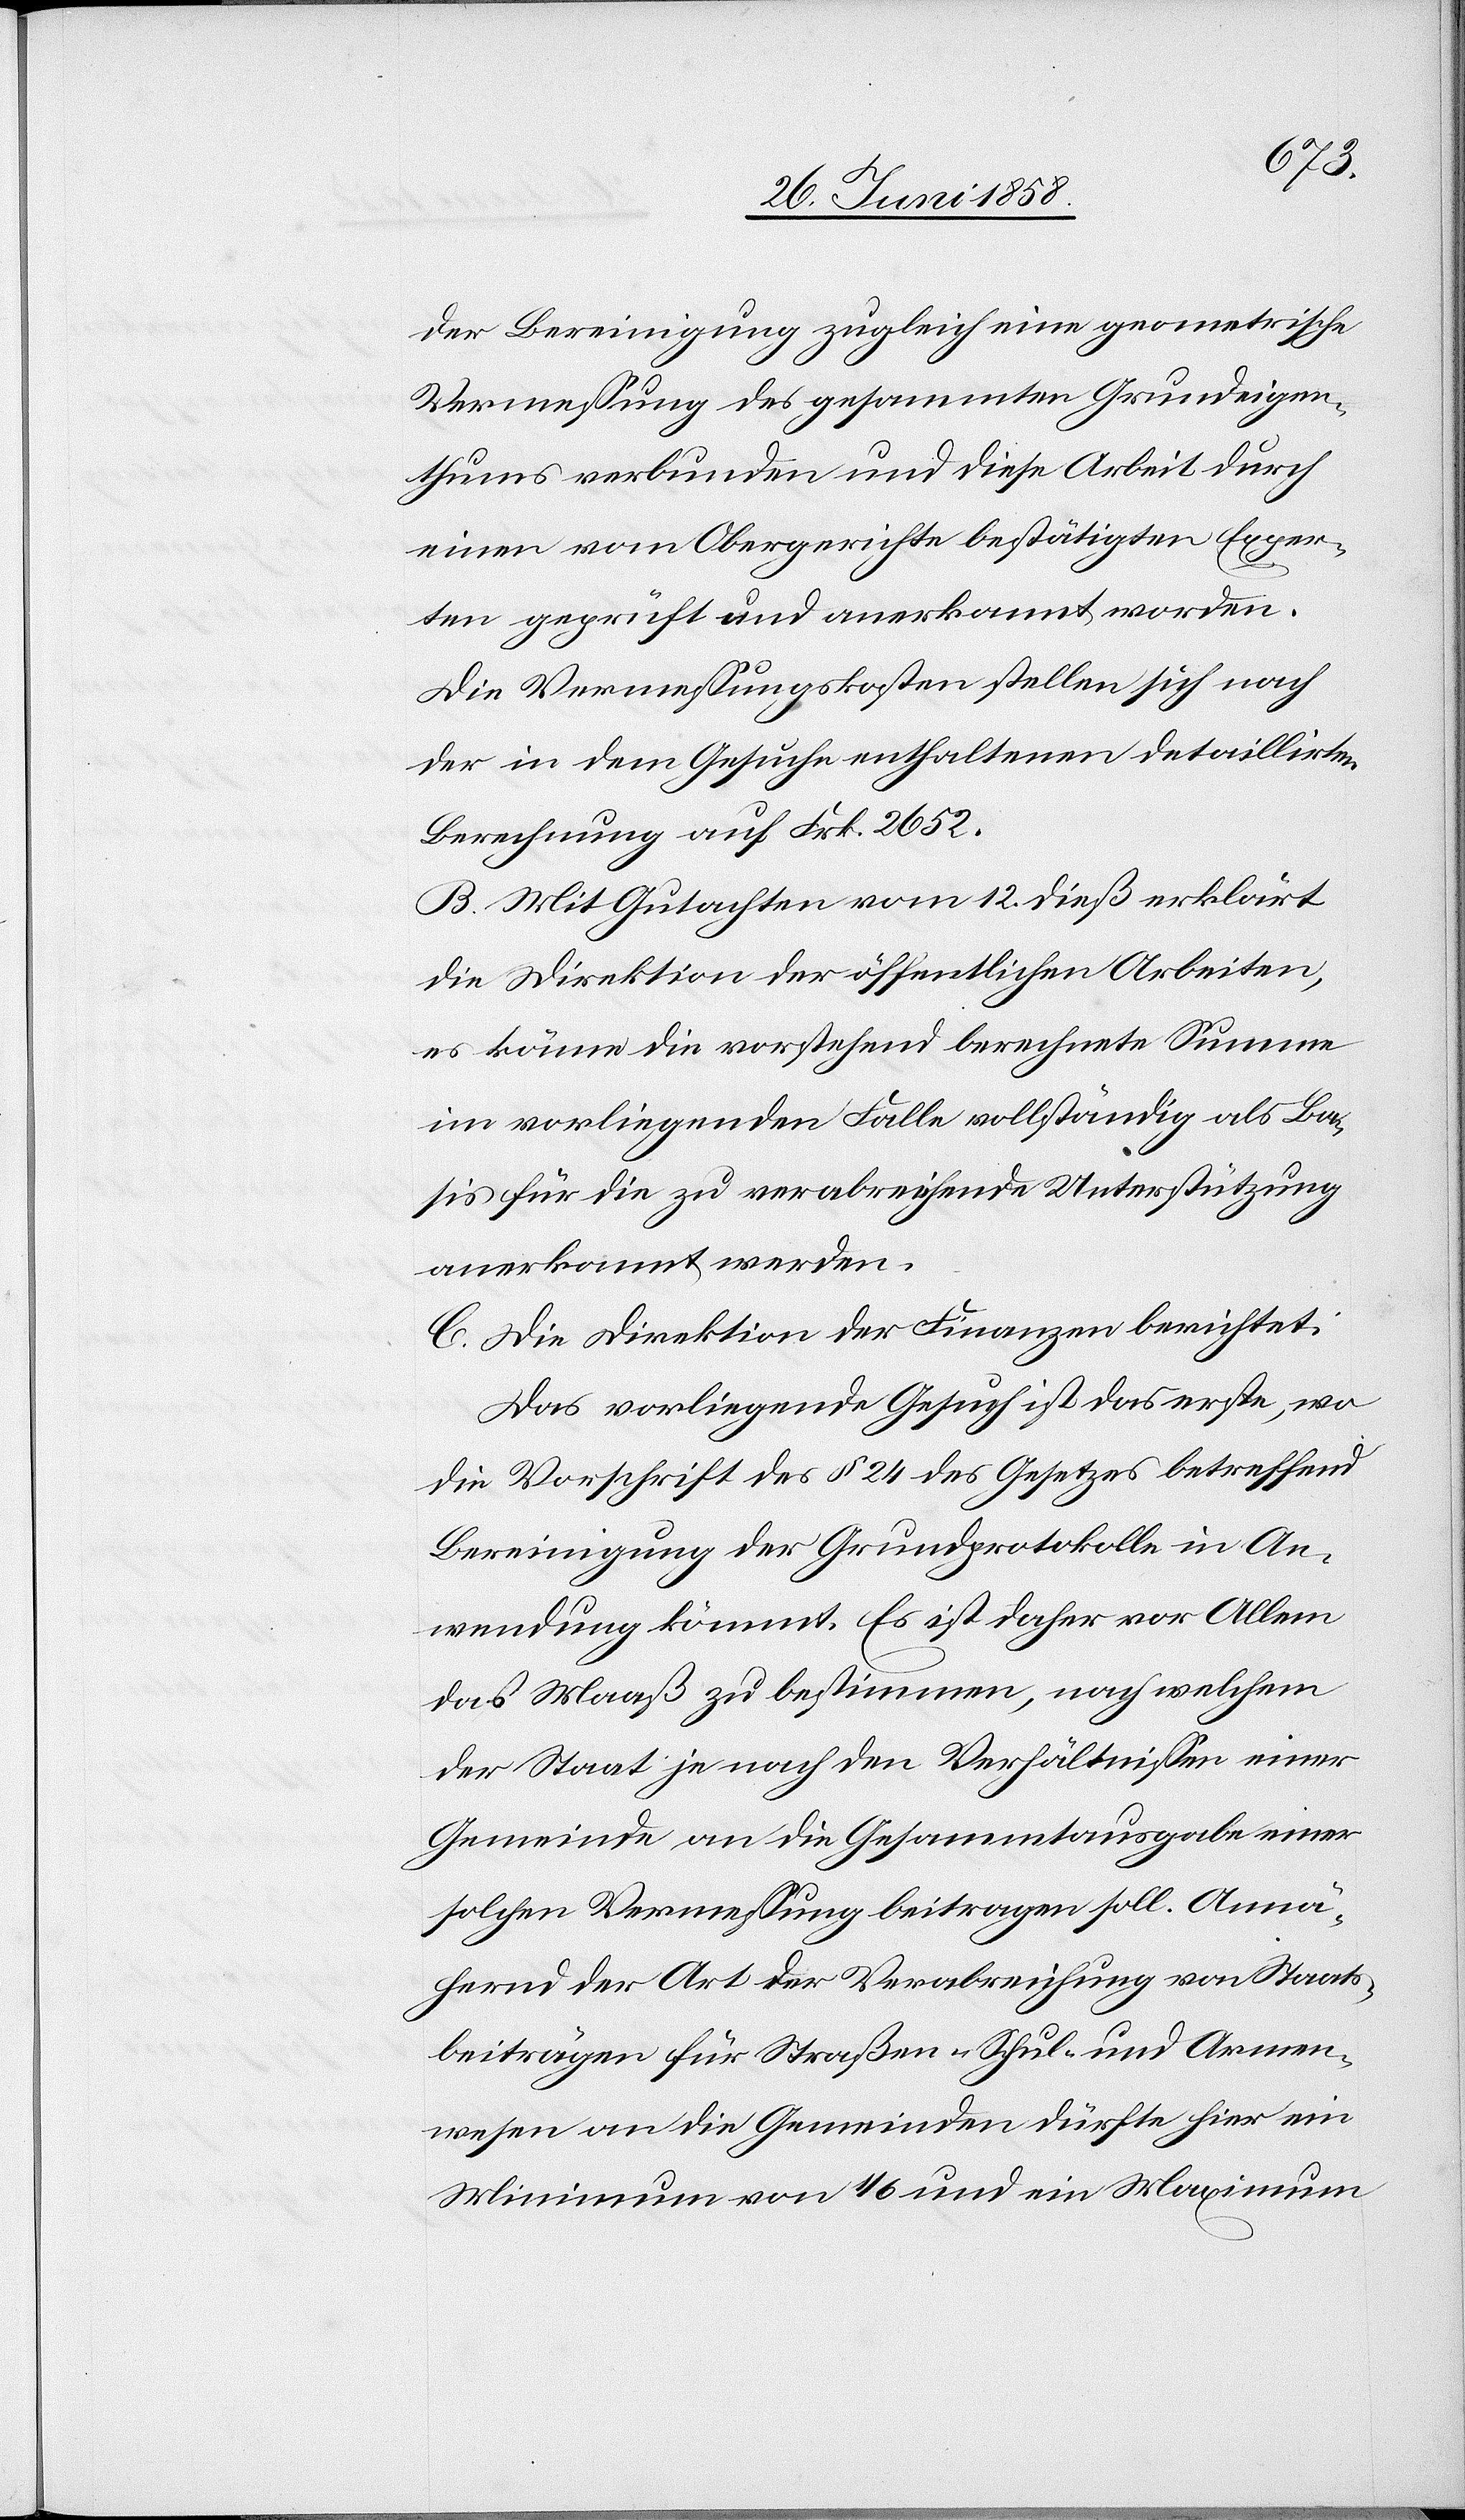
der Bereinigung zugleich eine geometrische
Vermessung des gesammten Grundeigen¬
thums verbunden und diese Arbeit durch
einen vom Obergerichte bestätigten Exper¬
ten geprüft und anerkannt worden.
Die Vermessungskosten stellen sich nach
der in dem Gesuche enthaltenen detaillirten
Berechnung auf Frk. 2652.
B. Mit Gutachten vom 12. dieß erklärt
die Direktion der öffentlichen Arbeiten,
es könne die vorstehend berechnete Summe
im vorliegenden Falle vollständig als Ba¬
sis für die zu verabreichende Unterstützung
anerkannt werden.
C. Die Direktion der Finanzen berichtet:
Das vorliegende Gesuch ist das erste, wo
die Vorschrift des § 24 des Gesetzes betreffend
Bereinigung der Grundprotokolle in An¬
wendung kömmt. Es ist daher vor Allem
das Maaß zu bestimmen, nach welchem
der Staat je nach den Verhältnissen einer
Gemeinde an die Gesammtausgabe einer
solchen Vermessung beitragen soll. Annä¬
hernd der Art der Verabreichung von Staats¬
beiträgen für Straßen-[,] Schul- und Armen¬
wesen an die Gemeinden dürfte hier ein
Minimum von 1/6 und ein Maximum